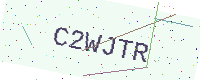
Text: C2WJTR